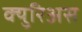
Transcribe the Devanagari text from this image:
क्युरिअस